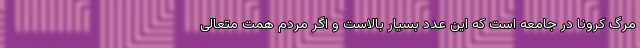
مرگ کرونا در جامعه است که این عدد بسیار بالاست و اگر مردم همت متعالی